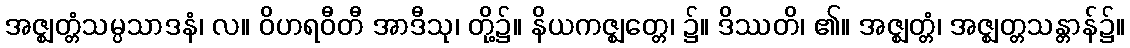
အဇ္ဈတ္တံသမ္ပသာဒနံ၊ လ။ ဝိဟရဝီတီ အာဒီသု၊ တို့၌။ နိယကဇ္ဈတ္တေ၊ ၌။ ဒိဿတိ၊ ၏။ အဇ္ဈတ္တံ၊ အဇ္ဈတ္တသန္တာန်၌။